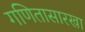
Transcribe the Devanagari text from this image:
गणितासारखा